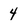
Character: 4